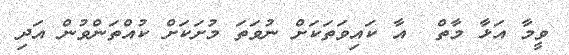
ވީމާ އަޅާ މާތް  އާ ކައިވަތަކަށް ނުވަތަ މުށަކަށް ކުއްތަންވުން އަދި